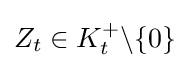
Z_{t}\in K_{t}^{+}\backslash \{0\}